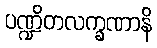
ပဏ္ဍိတလက္ခဏာနိ